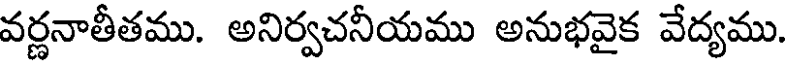
వర్ణనాతీతము. అనిర్వచనీయము అనుభవైక వేద్యము.